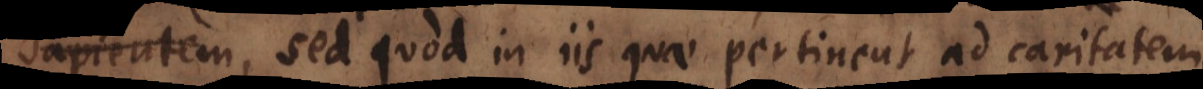
e, sed quod in iis quae pertinent ad caritatem,